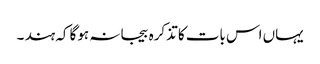
یہاں اس بات کا تذکرہ بیجا نہ ہوگا کہ ہند ۔